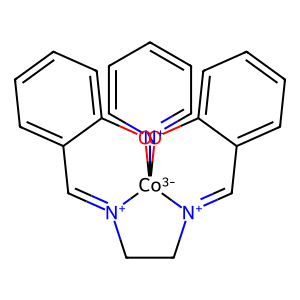
SMILES: C1=[N+]2CC[N+]3=Cc4ccccc4O[Co-3]23([n+]2ccccc2)Oc2ccccc21
Inhibits HIV replication: No